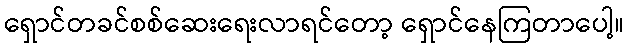
ရှောင်တခင်စစ်ဆေးရေးလာရင်တော့ ရှောင်နေကြတာပေါ့။